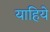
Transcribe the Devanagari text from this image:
याहिये